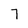
Character: 7